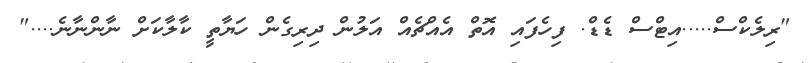
"ރިލެކްސް.....އިޓްސް ޑެޑް. ފިހެފައި އޮތް އެއްޗެއް އަލުން ދިރިގެން ހަޔާތީ ކާލާކަށް ނާންނާނެ...."